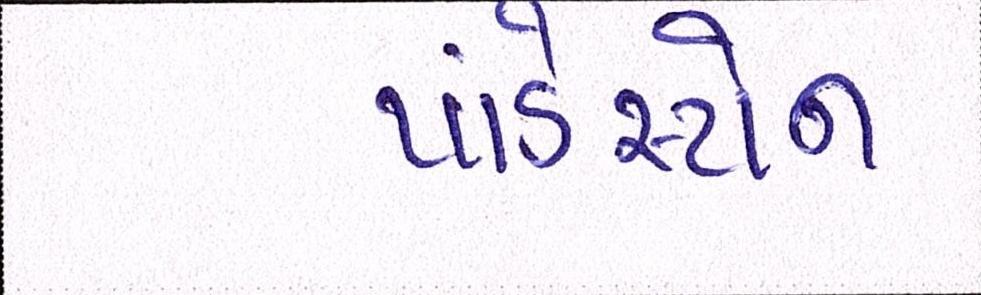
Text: પાંડેસ્ટોન